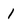
Character: 1